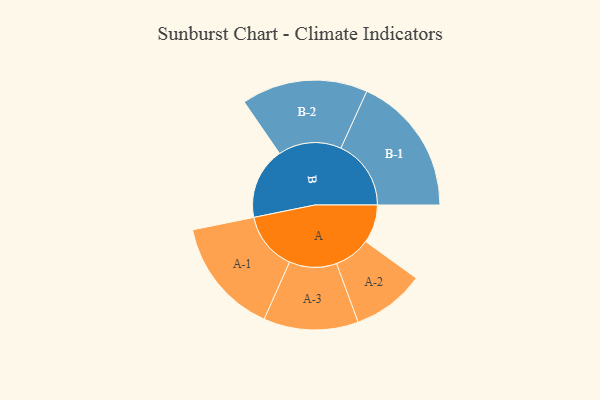
{"axis": {"x": "Segment", "y": "Value"}, "legend": ["", "A", "B"], "data": [{"x": "A", "y": 153, "type": ""}, {"x": "B", "y": 286, "type": ""}, {"x": "A-1", "y": 233, "type": "A"}, {"x": "A-2", "y": 145, "type": "A"}, {"x": "A-3", "y": 189, "type": "A"}, {"x": "B-1", "y": 280, "type": "B"}, {"x": "B-2", "y": 252, "type": "B"}]}